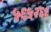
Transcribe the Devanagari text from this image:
५६५२६६